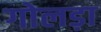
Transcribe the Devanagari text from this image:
गोलड़ा